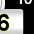
Digit: 6